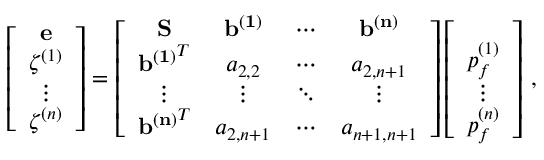
\left[ \begin{array} { c } { \bf { e } } \\ { \zeta ^ { ( 1 ) } } \\ { \vdots } \\ { \zeta ^ { ( n ) } } \end{array} \right] = \left[ \begin{array} { c c c c } { \bf { S } } & { \bf { b ^ { ( 1 ) } } } & { \cdots } & { \bf { b ^ { ( n ) } } } \\ { { \bf { b ^ { ( 1 ) } } } ^ { T } } & { a _ { 2 , 2 } } & { \cdots } & { a _ { 2 , n + 1 } } \\ { \vdots } & { \vdots } & { \ddots } & { \vdots } \\ { { \bf { b ^ { ( n ) } } } ^ { T } } & { a _ { 2 , n + 1 } } & { \cdots } & { a _ { n + 1 , n + 1 } } \end{array} \right] \left[ \begin{array} { c } { \bf { \sigma } } \\ { p _ { f } ^ { ( 1 ) } } \\ { \vdots } \\ { p _ { f } ^ { ( n ) } } \end{array} \right] \, ,